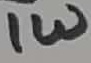
Text: 1W